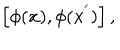
\left[ \phi ( { \bf x } ) , \phi ( { \bf x } ^ { ' } ) \right] ,